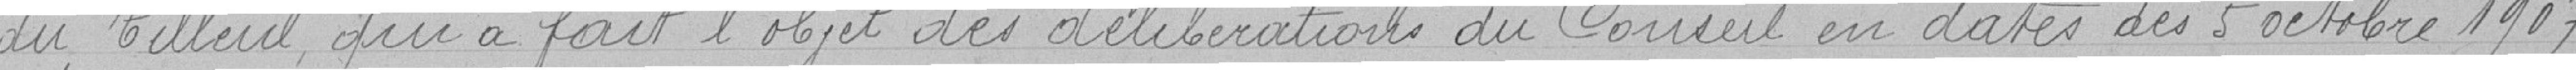
du tilleul qui a fait l'objet des délibérations du Conseil en dates des 5 octobre 1907